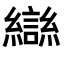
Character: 龻